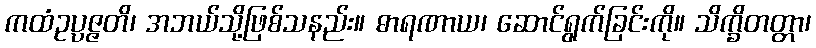
ကထံဥပ္ပဇ္ဇတိ၊ အဘယ်သို့ဖြစ်သနည်း။ ဓာရဏာယ၊ ဆောင်ရွက်ခြင်းကို။ သိက္ခိတတ္တာ၊